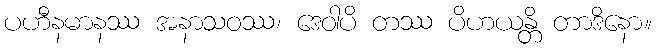
ပဟီနမာနဿ အနာသဝဿ၊ ဒေဝါပိ တဿ ပိဟယန္တိ တာဒိနော။